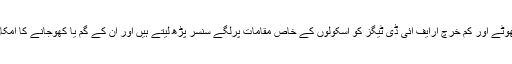
ریگ ٹیگڈ کمپنی کے چھوٹے اور کم خرچ آرایف آئی ڈی ٹیگز کو اسکولوں کے خاص مقامات پرلگے سنسر پڑھ لیتے ہیں اور ان کے گم یا کھوجانے کا امکان بہت ہی کم ہوجاتا ہے۔